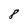
Character: 8